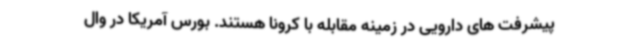
پیشرفت های دارویی در زمینه مقابله با کرونا هستند. بورس آمریکا در وال